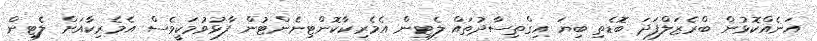
އަނެއްކޮޅުން ބްރެޒަލްފަދަ ބޮޑެތި ބިޔަ އިގްތިސާދުތައް ލެޓިން އެމެރިކާކޮންޓިނެންޓުން ފާޅުވުމަކީވެސް އެމެރިކާއަށް ލެޓިން